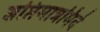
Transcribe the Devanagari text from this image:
ज्ञप्तिमात्रमिदं